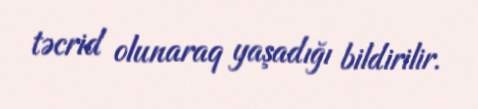
təcrid olunaraq yaşadığı bildirilir.